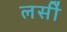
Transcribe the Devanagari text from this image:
लसीं